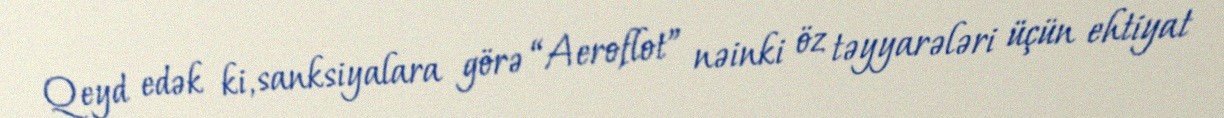
Qeyd edək ki, sanksiyalara görə “Aeroflot” nəinki öz təyyarələri üçün ehtiyat